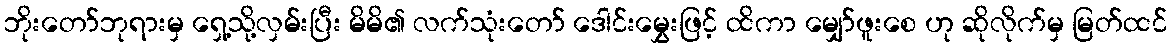
ဘိုးတော်ဘုရားမှ ရှေ့သို့လှမ်းပြီး မိမိ၏ လက်သုံးတော် ဒေါင်းမွှေးဖြင့် ထိကာ မျှော်ဖူးစေ ဟု ဆိုလိုက်မှ မြတ်ထင်